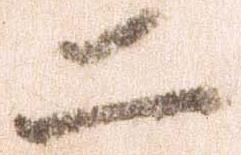
二